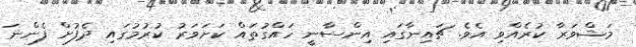
މަޝްވަރާ ކުރެއްވި އެވެ. ޗައިނާގައި އިންސާނީ ހައްގުތައް ކަށަވަރު ކުރުމުގައި ދެފުށް ފެންނަ